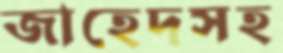
জাহেদসহ